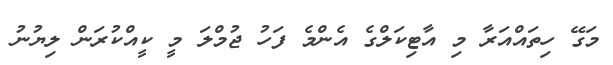
މަގޭ ހިތައްއަރާ މި އާޓިކަލްގެ އެންމެ ފަހު ޖުމްލަ މީ ކީއްކުރަން ލިޔުނު